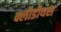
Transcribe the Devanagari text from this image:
क्लौडीयस